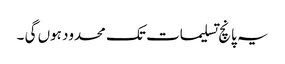
یہ پانچ تسلیمات تک محدود ہوں گی ۔